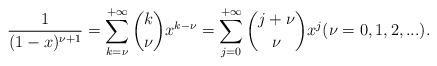
LaTeX: \begin{align*}\dfrac{1}{(1-x)^{\nu+1}}=\sum_{k=\nu}^{+\infty}{k \choose \nu}x^{k-\nu}=\sum_{j=0}^{+\infty}{j+\nu \choose \nu}x^{j} (\nu=0,1,2,...).\end{align*}